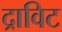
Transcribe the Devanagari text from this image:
द्राविट